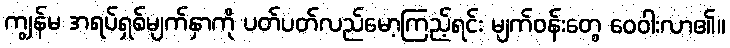
ကျွန်မ အရပ်ရှစ်မျက်နှာကို ပတ်ပတ်လည်မော့ကြည့်ရင်း မျက်ဝန်းတွေ ဝေဝါးလာ၏။